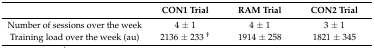
|  | CON1 Trial | RAM Trial | CON2 Trial |
 | --- | --- | --- | --- |
 | Number of sessions over the week | 4 ± 1 | 4 ± 1 | 3 ± 1 |
 | Training load over the week (au) | 2136 ± 233 † | 1914 ± 258 | 1821 ± 345 |